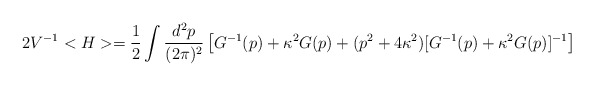
\begin{align*}2V^{-1}<H>=\frac{1}{2}\int \frac{d^2p} {(2\pi)^2}\left[G^{-1}(p)+\kappa^2G(p)+(p^2+4\kappa^2)[G^{-1}(p)+\kappa^2G(p)]^{-1}\right]\end{align*}